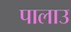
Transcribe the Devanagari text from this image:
पालाउ